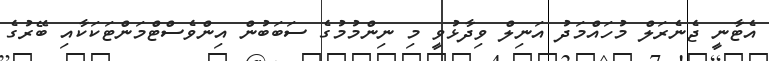
އެޓާނީ ޖެނެރަލް މުހައްމަދު އަނިލް ވިދާޅުވީ މި ނިންމުމުގެ ސަބަބުން އިންވެސްޓްމަންޓަކަކާއި ބޭރުގެ